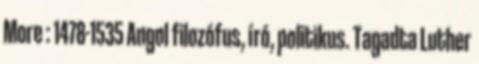
More : 1478-1535 Angol filozófus, író, politikus. Tagadta Luther